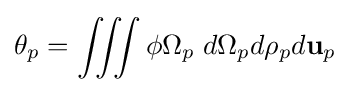
\theta _{p}=\int \!\!\!\int \!\!\!\int \phi \Omega _{p}\;d\Omega _{p}d\rho _{p}d\mathbf {u} _{p}